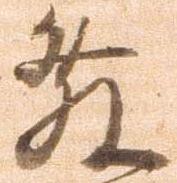
発